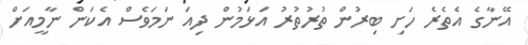
އޭނާގެ އެތެރެ ހަށި ބިރުން ތުރުތުރު އަޅަމުން ދިއަ ނަމަވެސް އެކަން ނާމީއަށް